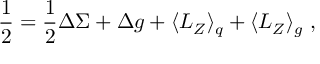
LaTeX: \frac { 1 } { 2 } = \frac { 1 } { 2 } \Delta \Sigma + \Delta g + \langle L _ { Z } \rangle _ { q } + \langle L _ { Z } \rangle _ { g } ~ ,